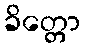
ခိတ္တော